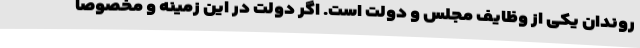
روندان یکی از وظایف مجلس و دولت است. اگر دولت در این زمینه و مخصوصا